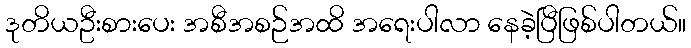
ဒုတိယဦးစားပေး အစီအစဉ်အထိ အရေးပါလာ နေခဲ့ပြီဖြစ်ပါတယ်။